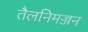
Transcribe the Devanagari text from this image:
तैलनिमज्जन